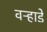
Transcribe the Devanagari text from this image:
वऱ्हाडे